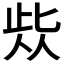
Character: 𱎷